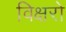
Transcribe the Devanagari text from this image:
विक्षरो